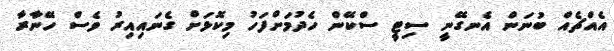
އެއްޗެއް ބުނަން އެނގޭނީ ސިޓީ ސްކޭން ހެދުމަށްފަހު މިކޮޅަށް ގެނައިއިރު ވެސް ހޭނާރާ